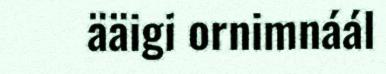
ääigi ornimnáál